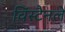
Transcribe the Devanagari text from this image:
विंस्टैनले